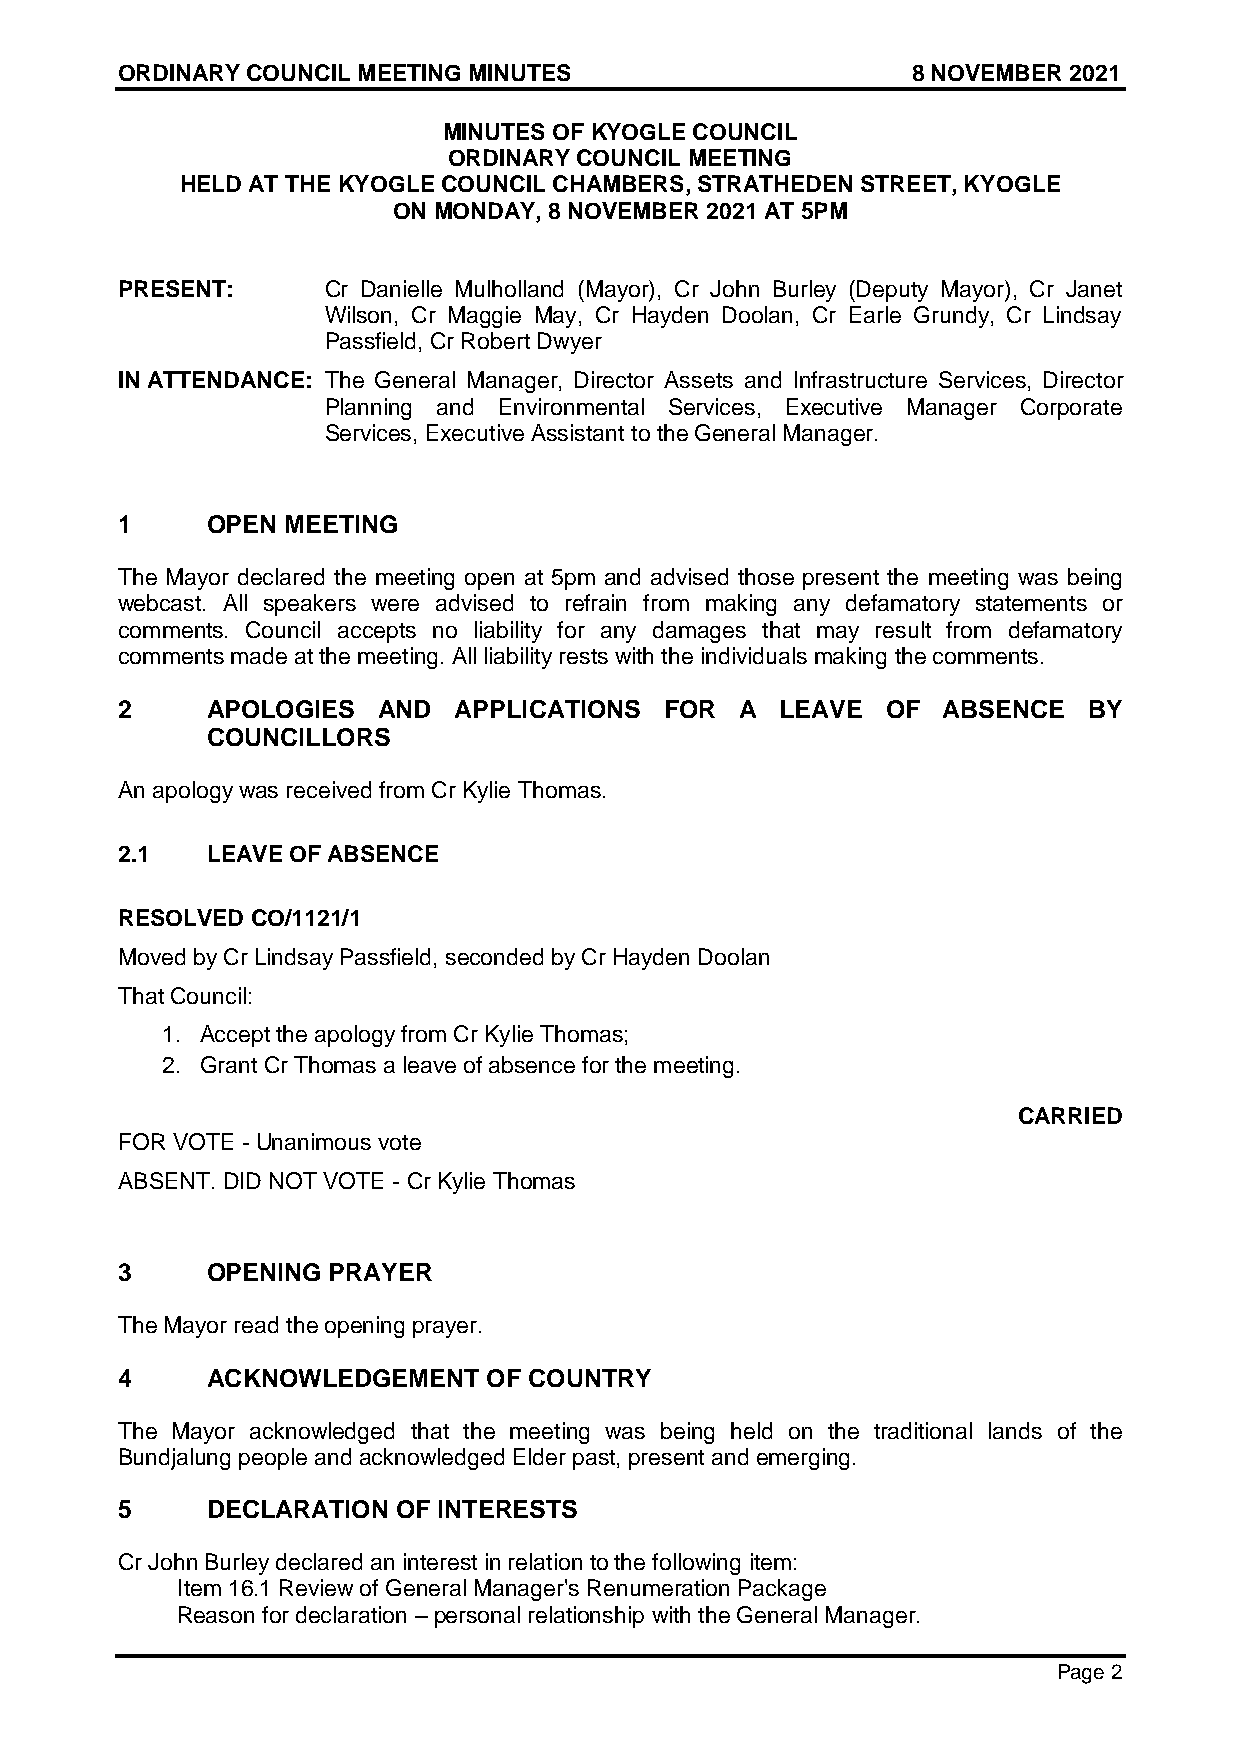
ORDINARY COUNCIL MEETING MINUTES                    8 NOVEMBER 2021
 MINUTES OF KYOGLE COUNCIL
 ORDINARY COUNCIL MEETING
 HELD AT THE KYOGLE COUNCIL CHAMBERS, STRATHEDEN STREET, KYOGLE
 ON MONDAY, 8 NOVEMBER 2021 AT 5PM
 PRESENT:      Cr Danielle Mulholland (Mayor), Cr John Burley (Deputy Mayor), Cr Janet
 Wilson, Cr Maggie May, Cr Hayden Doolan, Cr Earle Grundy, Cr Lindsay
 Passfield, Cr Robert Dwyer
 IN ATTENDANCE: The General Manager, Director Assets and Infrastructure Services, Director
 Planning and Environmental Services, Executive Manager Corporate
 Services, Executive Assistant to the General Manager.
 1     OPEN MEETING
 The Mayor declared the meeting open at 5pm and advised those present the meeting was being
 webcast. All speakers were advised to refrain from making any defamatory statements or
 comments. Council accepts no liability for any damages that may result from defamatory
 comments made at the meeting. All liability rests with the individuals making the comments.
 2     APOLOGIES  AND  APPLICATIONS  FOR  A  LEAVE  OF ABSENCE   BY
 COUNCILLORS
 An apology was received from Cr Kylie Thomas.
 2.1   LEAVE OF ABSENCE
 RESOLVED CO/1121/1
 Moved by Cr Lindsay Passfield, seconded by Cr Hayden Doolan
 That Council:
 1. Accept the apology from Cr Kylie Thomas;
 2. Grant Cr Thomas a leave of absence for the meeting.
 CARRIED
 FOR VOTE - Unanimous vote
 ABSENT. DID NOT VOTE - Cr Kylie Thomas
 3     OPENING PRAYER
 The Mayor read the opening prayer.
 4     ACKNOWLEDGEMENT   OF COUNTRY
 The Mayor acknowledged that the meeting was being held on the traditional lands of the
 Bundjalung people and acknowledged Elder past, present and emerging.
 5     DECLARATION OF INTERESTS
 Cr John Burley declared an interest in relation to the following item:
 Item 16.1 Review of General Manager's Renumeration Package
 Reason for declaration – personal relationship with the General Manager.
 Page 2